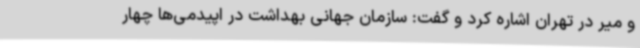
و میر در تهران اشاره کرد و گفت: سازمان جهانی بهداشت در اپیدمی‌ها چهار